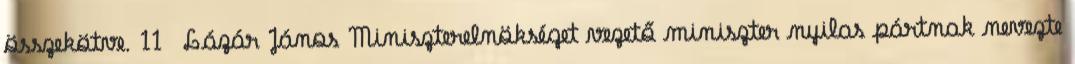
összekötve. 11 Lázár János Miniszterelnökséget vezető miniszter nyilas pártnak nevezte